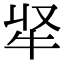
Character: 𭷘